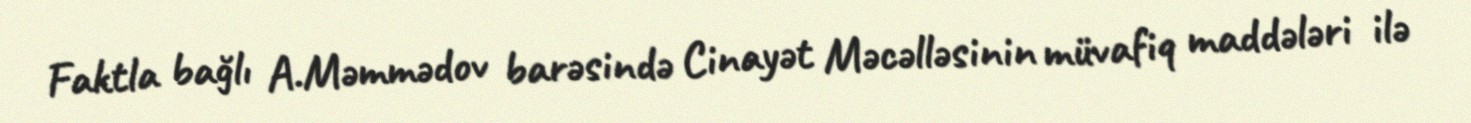
Faktla bağlı A.Məmmədov barəsində Cinayət Məcəlləsinin müvafiq maddələri ilə